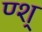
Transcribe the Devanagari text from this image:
ण्श्